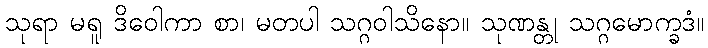
သုရာ မရူ ဒိဝေါကာ စာ၊ မတပါ သဂ္ဂဝါသိနော။ သုဏန္တု သဂ္ဂမောက္ခဒံ။